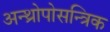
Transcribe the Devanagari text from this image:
अन्थ्रोपोसन्त्रिक